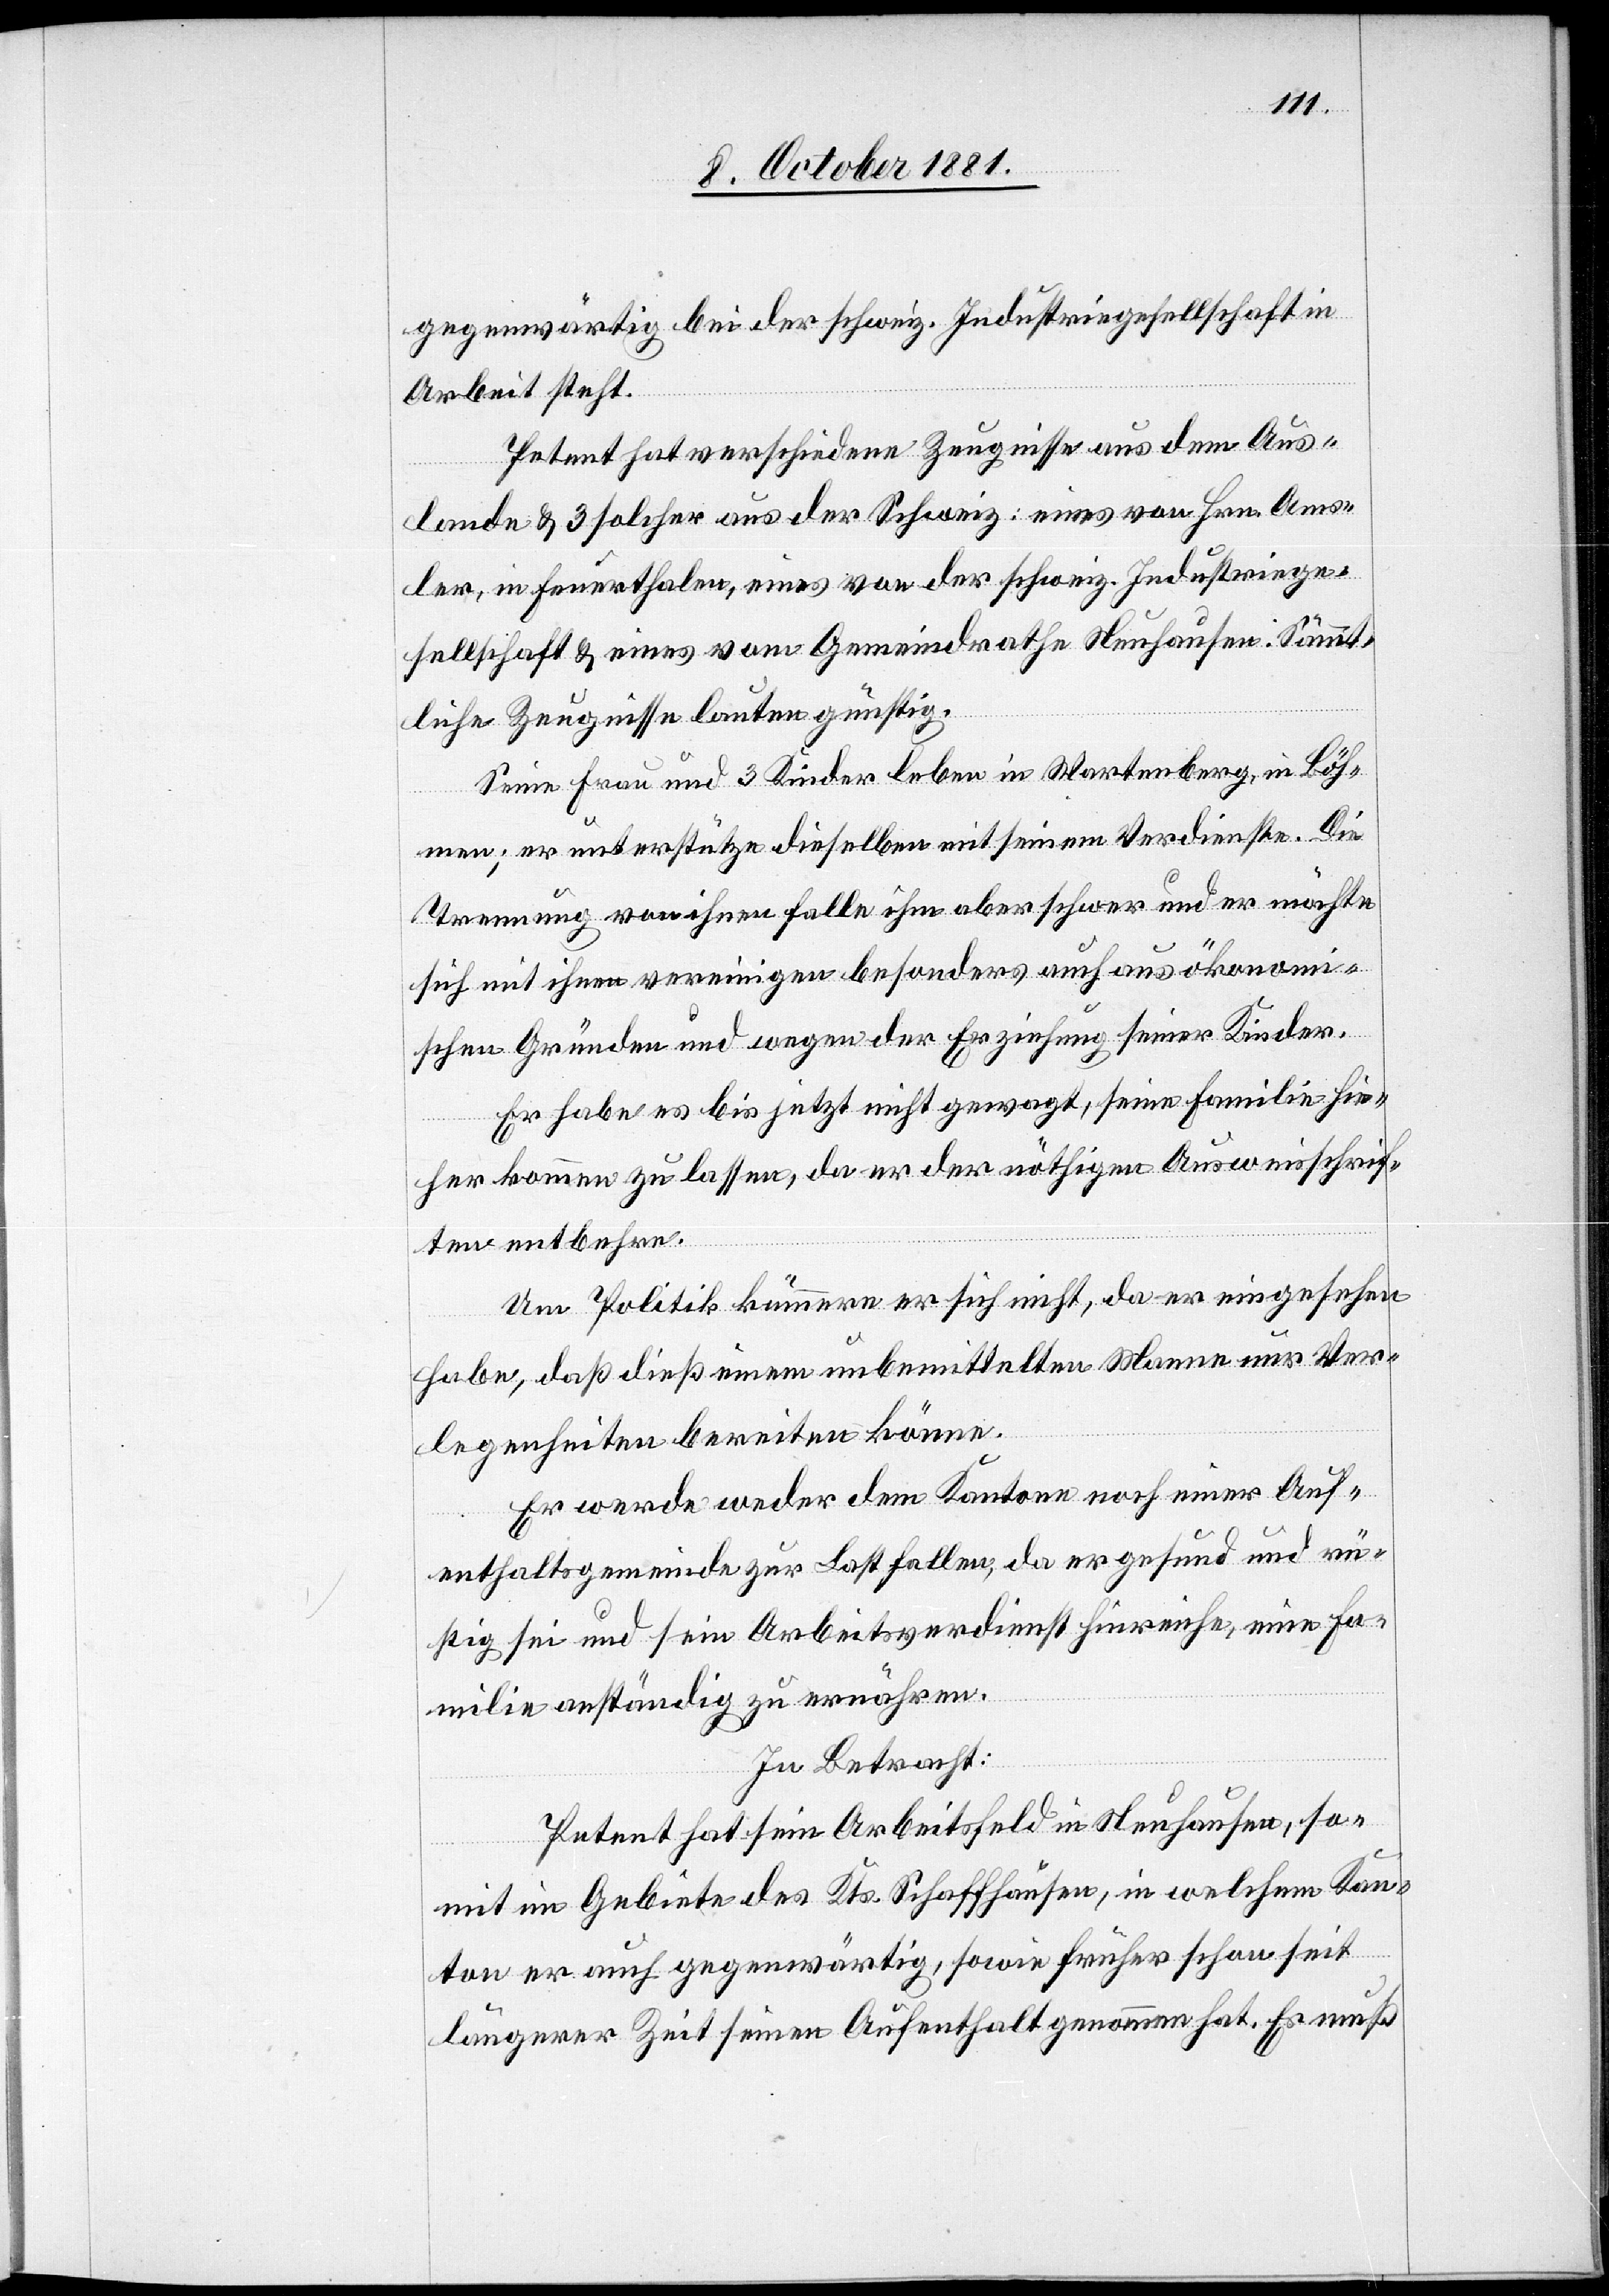
gegenwärtig bei der schweiz. Industriegesellschaft in
Arbeit steht.
Petent hat verschiedene Zeugnisse aus dem Aus¬
lande & 3 solcher aus der Schweiz: eines von Hrn. Ams¬
ler, in Feuerthalen, eines von der schweiz. Industriege¬
sellschaft & eines vom Gemeindrathe Neuhausen. Sämmt¬
liche Zeugnisse lauten günstig.
Seine Frau und 3 Kinder leben in Wartenberg, in Böh¬
men; er unterstütze dieselben mit seinem Verdienste. Die
Trennung von ihnen falle ihm aber schwer und er möchte
sich mit ihnen vereinigen besonders auch aus ökonom¬
ischen Gründen und wegen der Erziehung seiner Kinder.
Er habe es bis jetzt nicht gewagt, seine Familie hie¬
her kommen zu lassen, da er der nöthigen Ausweisschrif¬
ten entbehre.
Um Politik kümmere er sich nicht, da er eingesehen
habe, daß dieß einem unbemittelten Mann nur Ver¬
legenheiten bereiten könne.
Er werde weder dem Kanton noch einer Auf¬
enthaltsgemeinde zur Last fallen, da er gesund und rü¬
stig sei und sein Arbeitsverdienst hinreiche, eine Fa¬
milie anständig zu ernähren.
In Betracht:
Petent hat sein Arbeitsfeld in Neuhausen, so¬
mit im Gebiete des Kts. Schaffhausen, in welchem Kan¬
ton er auch gegenwärtig, sowie früher schon seit
längerer Zeit seinen Aufenthalt genommen hat. Es muß